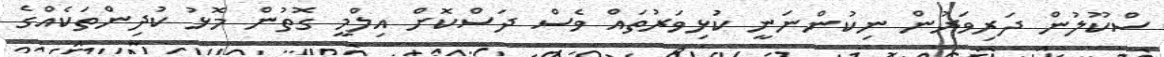
ސްކޫލުން ދަރިވަރުން ނިކުންނަނީ ކުޅިވަރުތައް ވެސް ދަސްކޮށް އިލްމީ ގޮތުން މޮޅު ކުދިންތަކެއްގެ